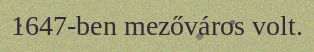
1647-ben mezőváros volt.